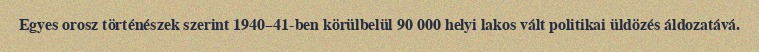
Egyes orosz történészek szerint 1940–41-ben körülbelül 90 000 helyi lakos vált politikai üldözés áldozatává.